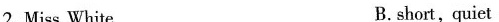
2.Miss White B. short,quiet